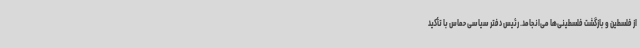
از فلسطین و بازگشت فلسطینی‌ها می‌انجامد. رئیس دفتر سیاسی حماس با تأکید